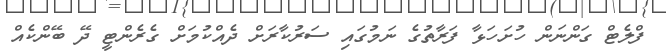
ފްލެޓް ގަންނަން ހުށަހަޅާ ފަރާތުގެ ނަމުގައި ސަރުކާރަށް ދެއްކުމަށް ގެރެންޓީ ދޭ ބޭންކެއް